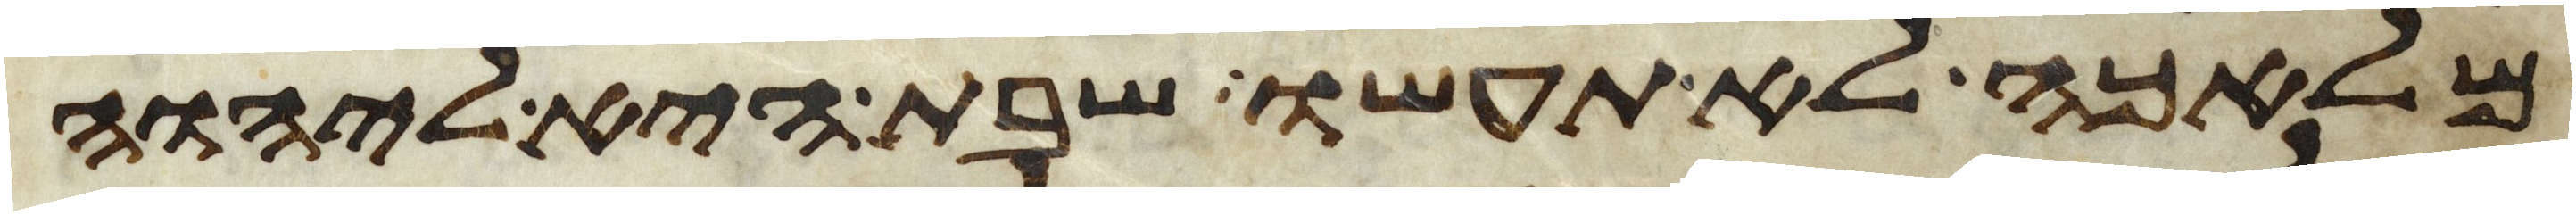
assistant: מלאכה לא תעשו שבת היא ליהוה